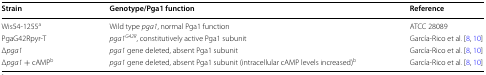
<table><thead><tr><td><b>Strain</b></td><td><b>Genotype/Pga1 function</b></td><td><b>Reference</b></td></tr></thead><tbody><tr><td>Wis54-1255<sup>a</sup></td><td>Wild type <i>pga1</i>, normal Pga1 function</td><td>ATCC 28089</td></tr><tr><td>PgaG42Rpyr-T</td><td><i>pga1</i><sup><i>G42R</i></sup>, constitutively active Pga1 subunit</td><td>García-Rico et al. [8, 10]</td></tr><tr><td>Δ<i>pga1</i></td><td><i>pga1</i> gene deleted, absent Pga1 subunit</td><td>García-Rico et al. [8, 10]</td></tr><tr><td>Δ<i>pga1</i> + cAMP<sup>b</sup></td><td><i>pga1</i> gene deleted, absent Pga1 subunit (intracellular cAMP levels increased)<sup>b</sup></td><td>García-Rico et al. [8, 10]</td></tr></tbody></table>